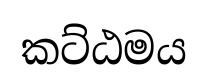
කට්ඨමය